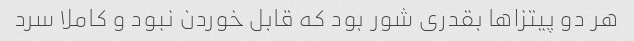
هر دو پیتزا‌ها بقدری شور بود که قابل خوردن نبود و کاملا سرد